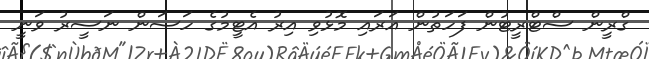
ގްރީން ސްޓްރީޓުން ފަހަތުން އަރައި މޮޅުވި އިރު އެޓީމުގެ ހަސަން ނަސީރު ވަނީ